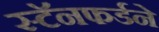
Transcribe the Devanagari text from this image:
स्टॅनफर्डने